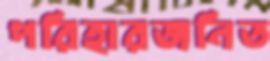
পরিহারজনিত